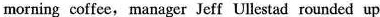
morning coffee, manager Jeff Ullestad rounded up